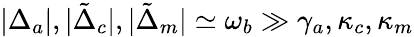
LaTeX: |\Delta_{a}|,|\tilde{\Delta}_{c}|,|\tilde{\Delta}_{m}|\simeq\omega_{b}\gg\gamma_{a},\kappa_{c},\kappa_{m}